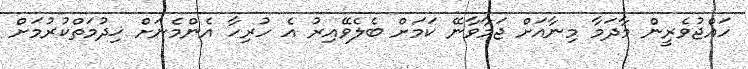
ހައްޖުވެރީން މާދަމާ މިނާއަށް ޖަމާވާނޭ ކަމަށް ބެލެވޭއިރު އެ ހުރިހާ އެންމެނަށް ޚިދުމަތްކުރުމަށް